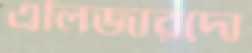
এলিজারদো